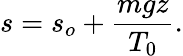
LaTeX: s=s_{o}+{\frac{mgz}{T_{0}}}.